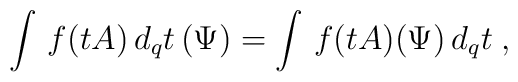
\int\,f(tA)\,d_{q}t\,(\Psi)=\int\,f(tA)(\Psi)\,d_{q}t\; ,